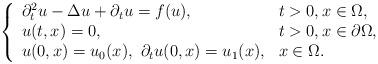
LaTeX: \begin{align*} \left\{ \begin{array}{ll} \partial_t^2 u - \Delta u + \partial_t u = f(u), &t>0, x \in \Omega, \\ u(t,x) = 0, &t>0, x\in \partial \Omega,\\ u(0,x) = u_0(x), \ \partial_t u(0,x) = u_1(x), &x \in \Omega. \end{array} \right.\end{align*}